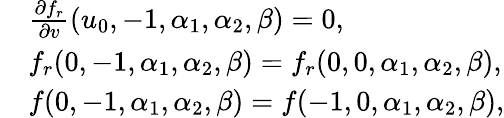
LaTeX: \begin{array}{rl}&{\frac{\partial f_{r}}{\partial v}(u_{0},-1,\alpha_{1},\alpha_{2},\beta)=0,}\\ &{f_{r}(0,-1,\alpha_{1},\alpha_{2},\beta)=f_{r}(0,0,\alpha_{1},\alpha_{2},\beta),}\\ &{f(0,-1,\alpha_{1},\alpha_{2},\beta)=f(-1,0,\alpha_{1},\alpha_{2},\beta),}\end{array}